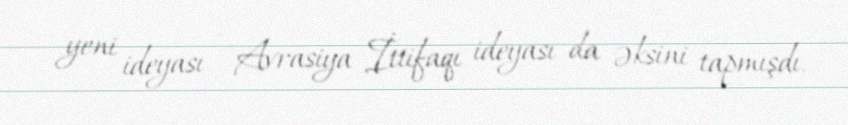
yeni ideyası - Avrasiya İttifaqı ideyası da əksini tapmışdı.